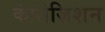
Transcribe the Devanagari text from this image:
कंपोज़िशन